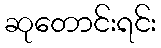
ဆုတောင်းရင်း